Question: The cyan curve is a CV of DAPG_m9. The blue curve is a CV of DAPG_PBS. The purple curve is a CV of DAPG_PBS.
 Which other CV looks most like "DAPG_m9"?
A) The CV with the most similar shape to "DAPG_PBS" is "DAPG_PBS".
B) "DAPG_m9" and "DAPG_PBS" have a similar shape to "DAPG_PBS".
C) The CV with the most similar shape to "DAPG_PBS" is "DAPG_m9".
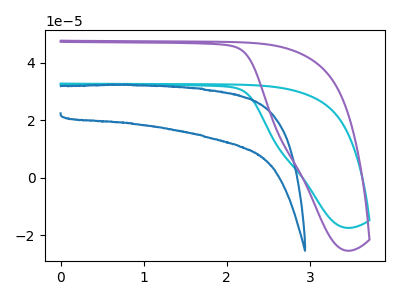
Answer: <think>The cyan curve "DAPG_m9" has no peaks. The blue curve "DAPG_PBS" has no peaks. The purple curve "DAPG_PBS" has no peaks.
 Neither "DAPG_m9" or "DAPG_PBS" have any peaks. Neither "DAPG_m9" or "DAPG_PBS" have any peaks. Neither "DAPG_PBS" or "DAPG_PBS" have any peaks.</think>
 <answer>B) "DAPG_m9" and "DAPG_PBS" have a similar shape to "DAPG_PBS".</answer>
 <eval>B</eval>